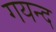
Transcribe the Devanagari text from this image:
गयन्द